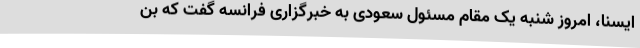
ایسنا، امروز شنبه یک مقام مسئول سعودی به خبرگزاری فرانسه گفت که بن